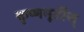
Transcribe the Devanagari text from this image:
कृष्णमूर्तीज्‌